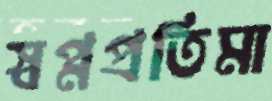
স্বপ্নপ্রতিমা